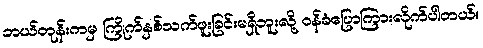
ဘယ်တုန်းကမှ ကြိုက်နှစ်သက်ဖူးခြင်းမရှိဘူးလို့ ဝန်ခံပြောကြားလိုက်ပါတယ်။